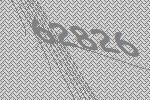
62826